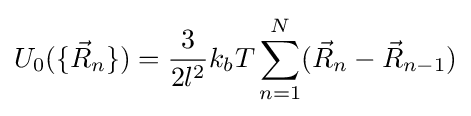
U_{0}(\{{\vec {R}}_{n}\})={\frac {3}{2l^{2}}}k_{b}T\sum _{n=1}^{N}({\vec {R}}_{n}-{\vec {R}}_{n-1})